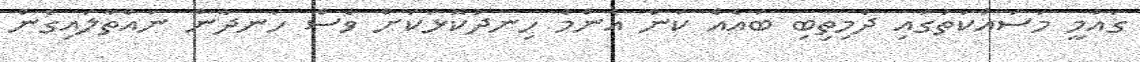
ގައުމީ މަސައްކަތުގައި ދެމިތިބި ބައެއް ކަން އެންމެ ހިނދުކޮޅަކަށް ވެސް ހަނދާން ނައްތާލައިގެން